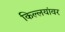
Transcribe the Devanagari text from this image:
किल्लयांवर